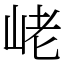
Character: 峔